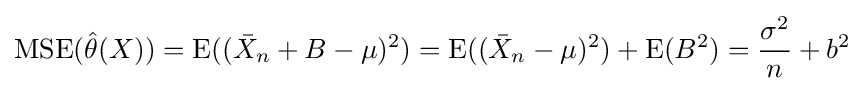
\mathrm {MSE} ({\hat {\theta }}(X))=\mathrm {E} (({\bar {X}}_{n}+B-\mu )^{2})=\mathrm {E} (({\bar {X}}_{n}-\mu )^{2})+\mathrm {E} (B^{2})={\frac {\sigma ^{2}}{n}}+b^{2}